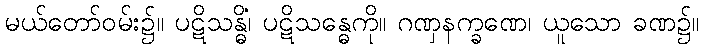
မယ်တော်ဝမ်း၌။ ပဋိသန္ဓိံ၊ ပဋိသန္ဓေကို။ ဂဏှနက္ခဏေ၊ ယူသော ခဏ၌။